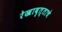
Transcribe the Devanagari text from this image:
रेखावृत्ताचे